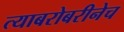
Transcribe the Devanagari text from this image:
त्याबरोबरीनेच